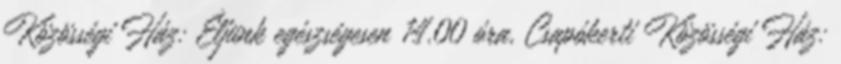
Közösségi Ház: Éljünk egészségesen 14.00 óra, Csapókerti Közösségi Ház: